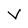
Character: V